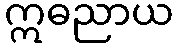
ဣဓညာယ